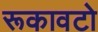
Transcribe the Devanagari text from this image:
रूकावटो